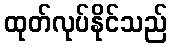
ထုတ်လုပ်နိုင်သည်